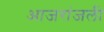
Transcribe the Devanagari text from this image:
आजरांजली